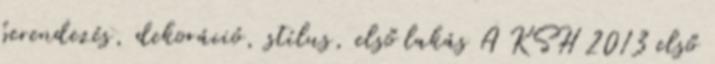
berendezés, dekoráció, stílus, első lakás A KSH 2013 első